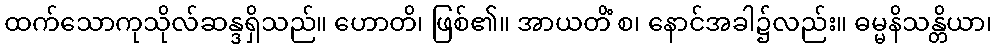
ထက်သောကုသိုလ်ဆန္ဒရှိသည်။ ဟောတိ၊ ဖြစ်၏။ အာယတိံ စ၊ နောင်အခါ၌လည်း။ ဓမ္မနိသန္တိယာ၊